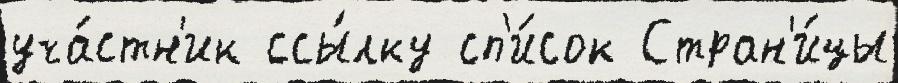
уча́стн'ик ссы́лку сп'и́сок Стран'и́цы